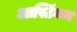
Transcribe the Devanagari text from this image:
आस्टिंयन